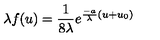
\lambda f ( u ) = \frac 1 { 8 \lambda } e ^ { \frac { - a } { \lambda } ( u + u _ { 0 } ) }